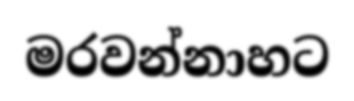
මරවන්නාහට